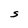
Character: S